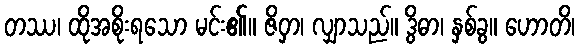
တဿ၊ ထိုအစိုးရသော မင်း၏။ ဇိဝှာ၊ လျှာသည်။ ဒွိဓာ၊ နှစ်ခွ။ ဟောတိ၊